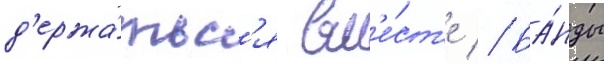
д'ержа́тьс'я вм'е́ст'е // Ба́нды